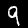
Digit: 9